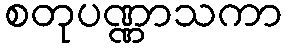
စတုပဏ္ဏာသကာ